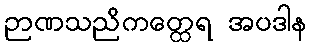
ဉာဏသညိကတ္ထေရ အပဒါန